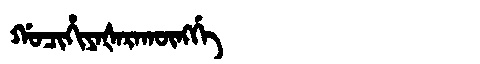
Manchu: ᡤᠣᠴᡳᡥᡳᠶᠠᡧᠠᡵᠠᡴᡡᠩᡤᡝ
Romanization: GOCIHIYAŠARAKŪNGGE